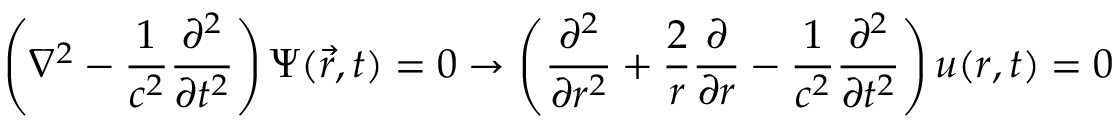
\left( \nabla ^ { 2 } - { \frac { 1 } { c ^ { 2 } } } { \frac { \partial ^ { 2 } } { \partial t ^ { 2 } } } \right) \Psi ( { \vec { r } } , t ) = 0 \rightarrow \left( { \frac { \partial ^ { 2 } } { \partial r ^ { 2 } } } + { \frac { 2 } { r } } { \frac { \partial } { \partial r } } - { \frac { 1 } { c ^ { 2 } } } { \frac { \partial ^ { 2 } } { \partial t ^ { 2 } } } \right) u ( r , t ) = 0